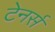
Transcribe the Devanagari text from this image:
टेनर्स